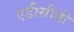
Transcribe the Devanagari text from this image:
एडीसीबी